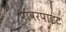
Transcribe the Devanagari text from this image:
पावरपाइंट